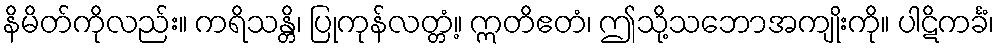
နိမိတ်ကိုလည်း။ ကရိသန္တိ၊ ပြုကုန်လတ္တံ့။ ဣတိဧတံ၊ ဤသို့သဘောအကျိုးကို။ ပါဋိကင်္ခံ၊